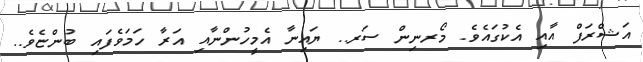
އަޝްރަފް އާއި އެކުގައެވެ. މޯރނިން ސަރ.. ޔައިނާ އެމީހުންނާއި އަރާ ހަމަވެފައި ބުންޏެވެ..